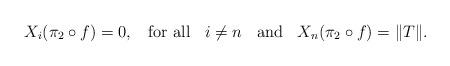
LaTeX: \begin{align*}X_{i}(\pi_{2}\circ f)=0,\;\; \textrm{ for all }\;\; i\neq n\;\;\textrm{ and }\;\;X_{n}(\pi_{2}\circ f)=\|T\|.\end{align*}